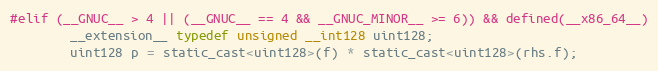
Language: C
#elif (__GNUC__ > 4 || (__GNUC__ == 4 && __GNUC_MINOR__ >= 6)) && defined(__x86_64__)
        __extension__ typedef unsigned __int128 uint128;
        uint128 p = static_cast<uint128>(f) * static_cast<uint128>(rhs.f);